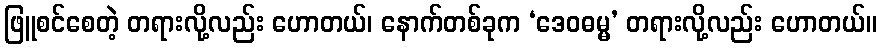
ဖြူစင်စေတဲ့ တရားလို့လည်း ဟောတယ်၊ နောက်တစ်ခုက ‘ဒေဝဓမ္မ’ တရားလို့လည်း ဟောတယ်။